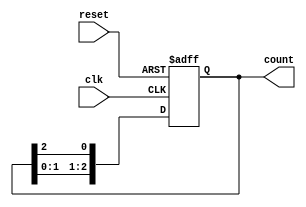
module synchronous_ring_counter (
    input wire clk,           // Clock signal
    input wire reset,         // Asynchronous reset signal
    output reg [2:0] count    // 3-bit output for the ring counter
);

    // Initial state of the counter
    initial begin
        count = 3'b001; // Initialize to 001
    end

    // Synchronous operation on clock edge
    always @(posedge clk or posedge reset) begin
        if (reset) begin
            count <= 3'b001; // Reset to initial state (001)
        end else begin
            // Shift the '1' to the left, wrapping around
            count <= {count[1:0], count[2]};
        end
    end

endmodule